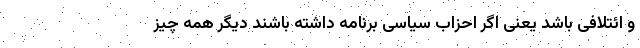
و ائتلافی باشد یعنی اگر احزاب سیاسی برنامه داشته باشند دیگر همه چیز